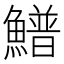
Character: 䲕